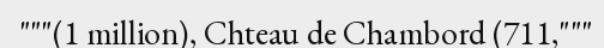
"""(1 million), Chteau de Chambord (711,"""